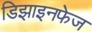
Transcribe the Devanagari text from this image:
डिझाइनफेज